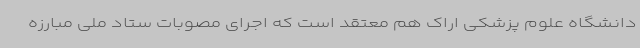
دانشگاه علوم پزشکی اراک هم معتقد است که اجرای مصوبات ستاد ملی مبارزه